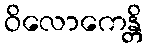
ဝိလောကေန္တိ